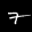
Label: 7